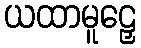
ယထာမူဠှေ